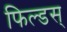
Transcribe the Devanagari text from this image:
फिल्डस्